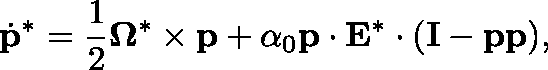
\dot { \mathbf { p } } ^ { * } = \frac { 1 } { 2 } \mathbf { \Omega } ^ { * } \times \mathbf { p } + \alpha _ { 0 } \mathbf { p } \cdot \mathbf { E } ^ { * } \cdot ( \mathbf { I } - \mathbf { p } \mathbf { p } ) ,